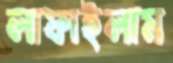
লাফাইলাম